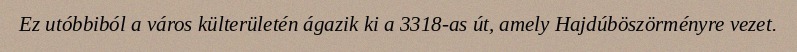
Ez utóbbiból a város külterületén ágazik ki a 3318-as út, amely Hajdúböszörményre vezet.